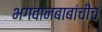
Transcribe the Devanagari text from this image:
भगवानबाबांचीच